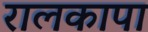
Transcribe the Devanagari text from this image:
रालकापा